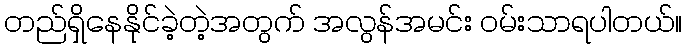
တည်ရှိနေနိုင်ခဲ့တဲ့အတွက် အလွန်အမင်း ဝမ်းသာရပါတယ်။